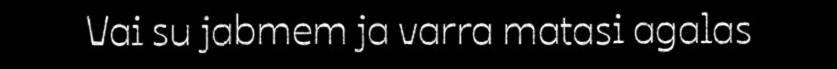
Vai su jabmem ja varra matasi agalas